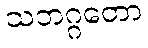
သဘဂ္ဂတော